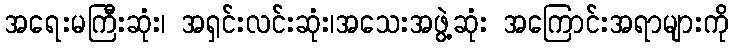
အရေးမကြီးဆုံး၊ အရှင်းလင်းဆုံး၊အသေးအဖွဲ့ဆုံး အကြောင်းအရာများကို